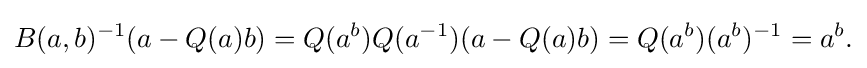
\displaystyle {B(a,b)^{-1}(a-Q(a)b)=Q(a^{b})Q(a^{-1})(a-Q(a)b)=Q(a^{b})(a^{b})^{-1}=a^{b}.}